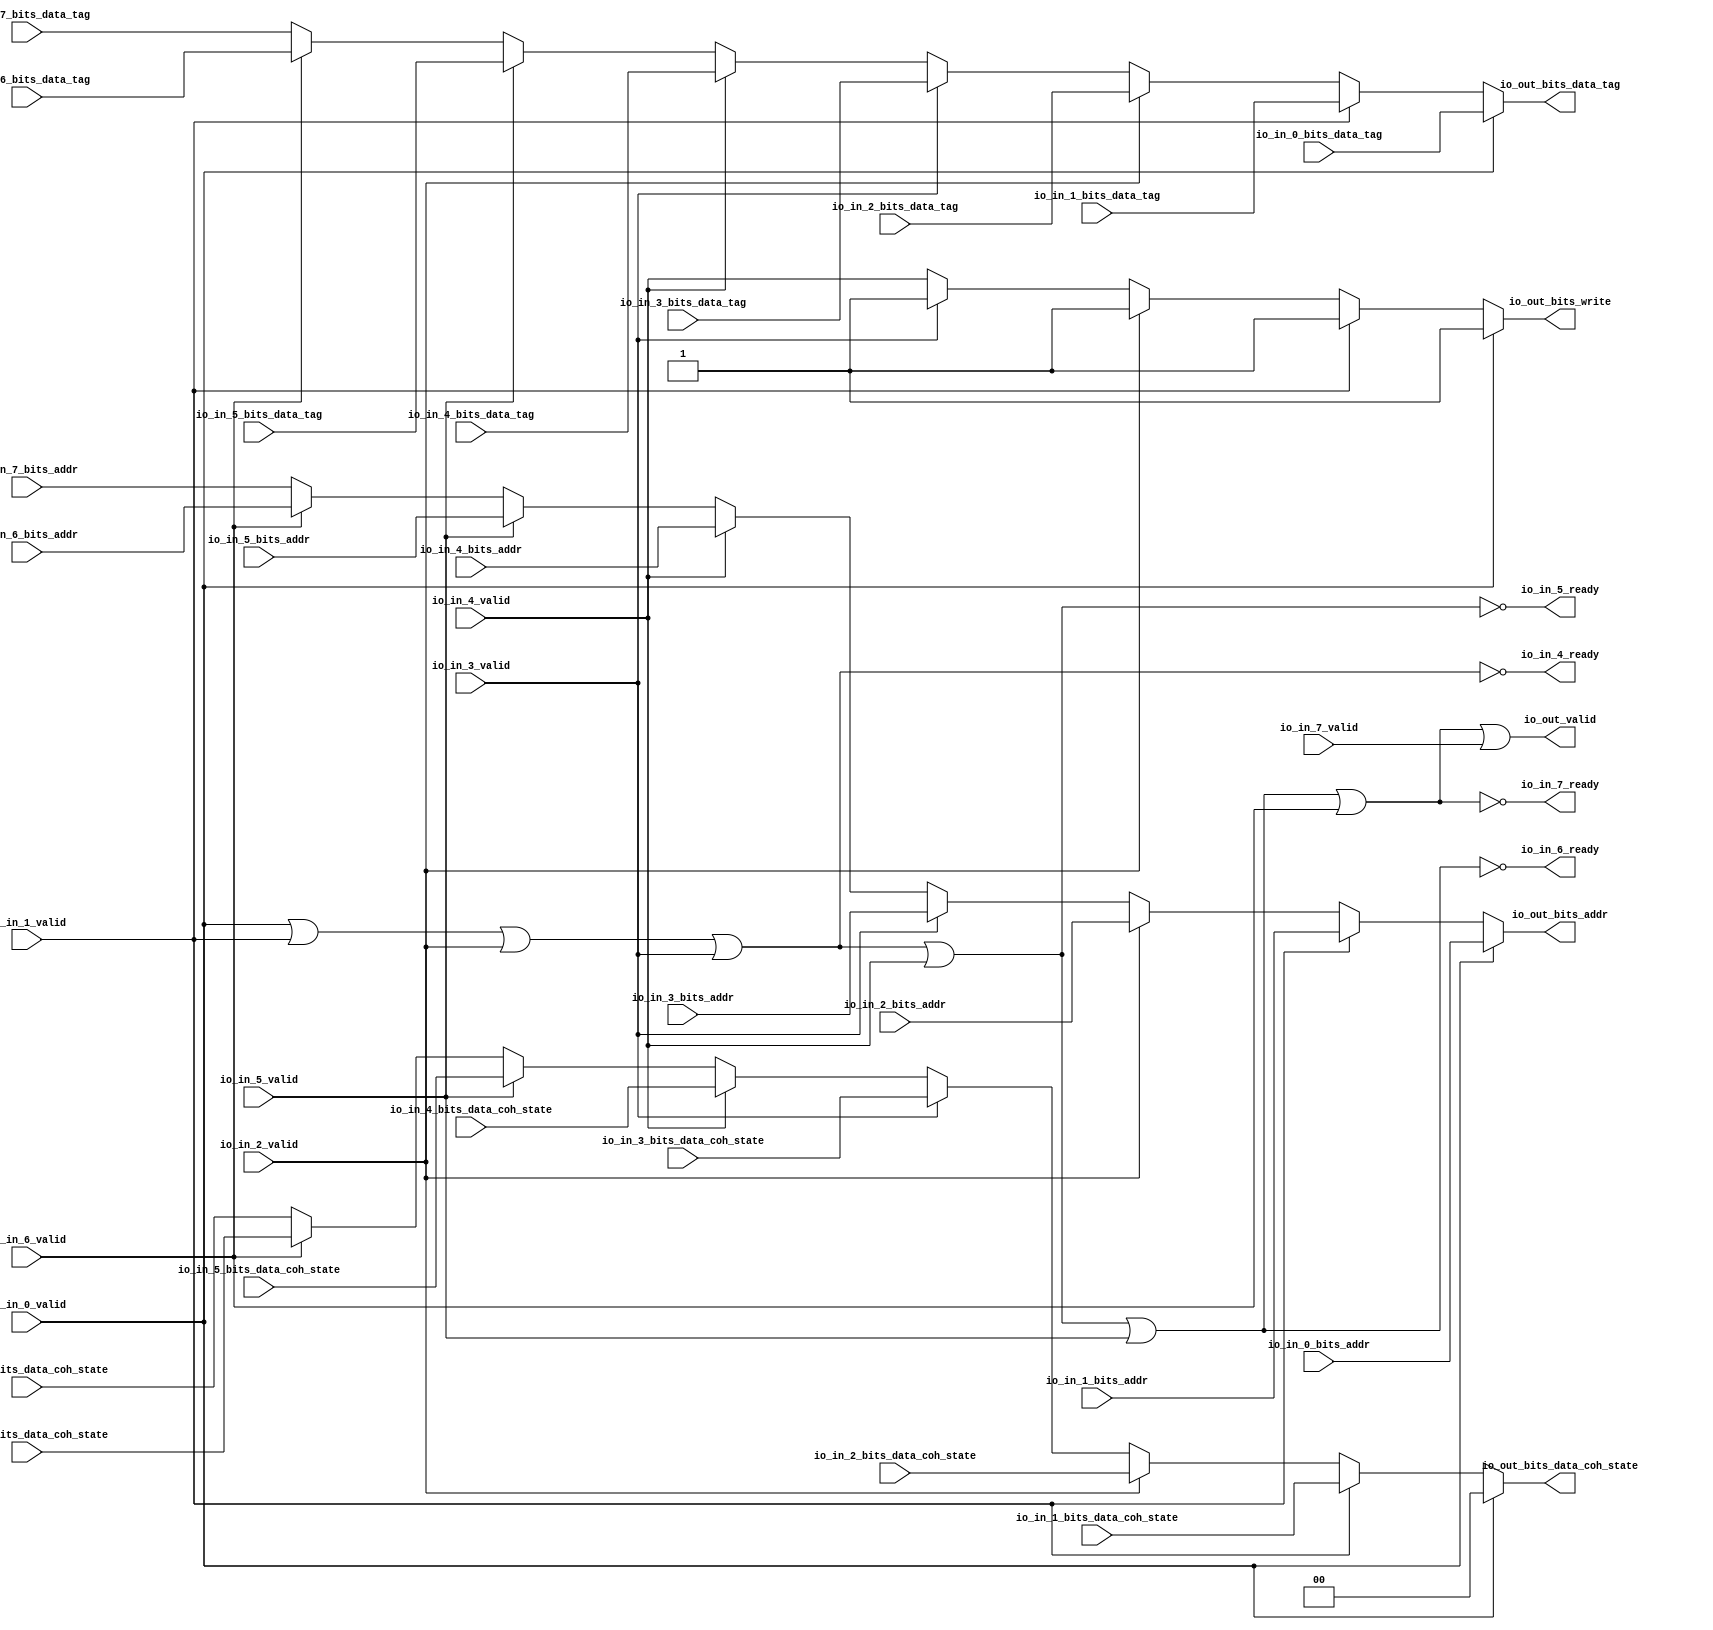
// Copyright (c) 2017, Microsemi Corporation
// All rights reserved.
//
// Redistribution and use in source and binary forms, with or without
// modification, are permitted provided that the following conditions are met:
//     * Redistributions of source code must retain the above copyright
//       notice, this list of conditions and the following disclaimer.
//     * Redistributions in binary form must reproduce the above copyright
//       notice, this list of conditions and the following disclaimer in the
//       documentation and/or other materials provided with the distribution.
//     * Neither the name of the <organization> nor the
//       names of its contributors may be used to endorse or promote products
//       derived from this software without specific prior written permission.
//
// THIS SOFTWARE IS PROVIDED BY THE COPYRIGHT HOLDERS AND CONTRIBUTORS "AS IS" AND
// ANY EXPRESS OR IMPLIED WARRANTIES, INCLUDING, BUT NOT LIMITED TO, THE IMPLIED
// WARRANTIES OF MERCHANTABILITY AND FITNESS FOR A PARTICULAR PURPOSE ARE
// DISCLAIMED. IN NO EVENT SHALL MICROSEMI CORPORATIONM BE LIABLE FOR ANY
// DIRECT, INDIRECT, INCIDENTAL, SPECIAL, EXEMPLARY, OR CONSEQUENTIAL DAMAGES
// (INCLUDING, BUT NOT LIMITED TO, PROCUREMENT OF SUBSTITUTE GOODS OR SERVICES;
// LOSS OF USE, DATA, OR PROFITS; OR BUSINESS INTERRUPTION) HOWEVER CAUSED AND
// ON ANY THEORY OF LIABILITY, WHETHER IN CONTRACT, STRICT LIABILITY, OR TORT
// (INCLUDING NEGLIGENCE OR OTHERWISE) ARISING IN ANY WAY OUT OF THE USE OF THIS
// SOFTWARE, EVEN IF ADVISED OF THE POSSIBILITY OF SUCH DAMAGE.
//
// APACHE LICENSE
// Copyright (c) 2017, Microsemi Corporation 
//
// Licensed under the Apache License, Version 2.0 (the "License");
// you may not use this file except in compliance with the License.
// You may obtain a copy of the License at
//
//    http://www.apache.org/licenses/LICENSE-2.0
//
// Unless required by applicable law or agreed to in writing, software
// distributed under the License is distributed on an "AS IS" BASIS,
// WITHOUT WARRANTIES OR CONDITIONS OF ANY KIND, either express or implied.
// See the License for the specific language governing permissions and
// limitations under the License.
//
// Description:
//
// SVN Revision Information:
// SVN $Revision: $
// SVN $Date: $
//
// Resolved SARs
// SAR      Date     Who   Description
//
// Notes:
//
// ****************************************************************************/
`ifndef RANDOMIZE_REG_INIT 
	 `define RANDOMIZE_REG_INIT 
 `endif
`ifndef RANDOMIZE_MEM_INIT 
	 `define RANDOMIZE_MEM_INIT 
 `endif
`ifndef RANDOMIZE 
	 `define RANDOMIZE 
`endif

`timescale 1ns/10ps
module MiV_AXI_MiV_AXI_0_MIV_RV32IMA_L1_AXI_ARBITER( // @[:freechips.rocketchip.system.MivRV32ImaL1AhbConfig.fir@100208.2]
  input         io_in_0_valid, // @[:freechips.rocketchip.system.MivRV32ImaL1AhbConfig.fir@100211.4]
  input  [31:0] io_in_0_bits_addr, // @[:freechips.rocketchip.system.MivRV32ImaL1AhbConfig.fir@100211.4]
  input  [18:0] io_in_0_bits_data_tag, // @[:freechips.rocketchip.system.MivRV32ImaL1AhbConfig.fir@100211.4]
  input         io_in_1_valid, // @[:freechips.rocketchip.system.MivRV32ImaL1AhbConfig.fir@100211.4]
  input  [31:0] io_in_1_bits_addr, // @[:freechips.rocketchip.system.MivRV32ImaL1AhbConfig.fir@100211.4]
  input  [1:0]  io_in_1_bits_data_coh_state, // @[:freechips.rocketchip.system.MivRV32ImaL1AhbConfig.fir@100211.4]
  input  [18:0] io_in_1_bits_data_tag, // @[:freechips.rocketchip.system.MivRV32ImaL1AhbConfig.fir@100211.4]
  input         io_in_2_valid, // @[:freechips.rocketchip.system.MivRV32ImaL1AhbConfig.fir@100211.4]
  input  [31:0] io_in_2_bits_addr, // @[:freechips.rocketchip.system.MivRV32ImaL1AhbConfig.fir@100211.4]
  input  [1:0]  io_in_2_bits_data_coh_state, // @[:freechips.rocketchip.system.MivRV32ImaL1AhbConfig.fir@100211.4]
  input  [18:0] io_in_2_bits_data_tag, // @[:freechips.rocketchip.system.MivRV32ImaL1AhbConfig.fir@100211.4]
  input         io_in_3_valid, // @[:freechips.rocketchip.system.MivRV32ImaL1AhbConfig.fir@100211.4]
  input  [31:0] io_in_3_bits_addr, // @[:freechips.rocketchip.system.MivRV32ImaL1AhbConfig.fir@100211.4]
  input  [1:0]  io_in_3_bits_data_coh_state, // @[:freechips.rocketchip.system.MivRV32ImaL1AhbConfig.fir@100211.4]
  input  [18:0] io_in_3_bits_data_tag, // @[:freechips.rocketchip.system.MivRV32ImaL1AhbConfig.fir@100211.4]
  output        io_in_4_ready, // @[:freechips.rocketchip.system.MivRV32ImaL1AhbConfig.fir@100211.4]
  input         io_in_4_valid, // @[:freechips.rocketchip.system.MivRV32ImaL1AhbConfig.fir@100211.4]
  input  [31:0] io_in_4_bits_addr, // @[:freechips.rocketchip.system.MivRV32ImaL1AhbConfig.fir@100211.4]
  input  [1:0]  io_in_4_bits_data_coh_state, // @[:freechips.rocketchip.system.MivRV32ImaL1AhbConfig.fir@100211.4]
  input  [18:0] io_in_4_bits_data_tag, // @[:freechips.rocketchip.system.MivRV32ImaL1AhbConfig.fir@100211.4]
  output        io_in_5_ready, // @[:freechips.rocketchip.system.MivRV32ImaL1AhbConfig.fir@100211.4]
  input         io_in_5_valid, // @[:freechips.rocketchip.system.MivRV32ImaL1AhbConfig.fir@100211.4]
  input  [31:0] io_in_5_bits_addr, // @[:freechips.rocketchip.system.MivRV32ImaL1AhbConfig.fir@100211.4]
  input  [1:0]  io_in_5_bits_data_coh_state, // @[:freechips.rocketchip.system.MivRV32ImaL1AhbConfig.fir@100211.4]
  input  [18:0] io_in_5_bits_data_tag, // @[:freechips.rocketchip.system.MivRV32ImaL1AhbConfig.fir@100211.4]
  output        io_in_6_ready, // @[:freechips.rocketchip.system.MivRV32ImaL1AhbConfig.fir@100211.4]
  input         io_in_6_valid, // @[:freechips.rocketchip.system.MivRV32ImaL1AhbConfig.fir@100211.4]
  input  [31:0] io_in_6_bits_addr, // @[:freechips.rocketchip.system.MivRV32ImaL1AhbConfig.fir@100211.4]
  input  [1:0]  io_in_6_bits_data_coh_state, // @[:freechips.rocketchip.system.MivRV32ImaL1AhbConfig.fir@100211.4]
  input  [18:0] io_in_6_bits_data_tag, // @[:freechips.rocketchip.system.MivRV32ImaL1AhbConfig.fir@100211.4]
  output        io_in_7_ready, // @[:freechips.rocketchip.system.MivRV32ImaL1AhbConfig.fir@100211.4]
  input         io_in_7_valid, // @[:freechips.rocketchip.system.MivRV32ImaL1AhbConfig.fir@100211.4]
  input  [31:0] io_in_7_bits_addr, // @[:freechips.rocketchip.system.MivRV32ImaL1AhbConfig.fir@100211.4]
  input  [1:0]  io_in_7_bits_data_coh_state, // @[:freechips.rocketchip.system.MivRV32ImaL1AhbConfig.fir@100211.4]
  input  [18:0] io_in_7_bits_data_tag, // @[:freechips.rocketchip.system.MivRV32ImaL1AhbConfig.fir@100211.4]
  output        io_out_valid, // @[:freechips.rocketchip.system.MivRV32ImaL1AhbConfig.fir@100211.4]
  output        io_out_bits_write, // @[:freechips.rocketchip.system.MivRV32ImaL1AhbConfig.fir@100211.4]
  output [31:0] io_out_bits_addr, // @[:freechips.rocketchip.system.MivRV32ImaL1AhbConfig.fir@100211.4]
  output [1:0]  io_out_bits_data_coh_state, // @[:freechips.rocketchip.system.MivRV32ImaL1AhbConfig.fir@100211.4]
  output [18:0] io_out_bits_data_tag // @[:freechips.rocketchip.system.MivRV32ImaL1AhbConfig.fir@100211.4]
);
  wire [18:0] _GEN_1; // @[Arbiter.scala 119:27:freechips.rocketchip.system.MivRV32ImaL1AhbConfig.fir@100219.4]
  wire [1:0] _GEN_2; // @[Arbiter.scala 119:27:freechips.rocketchip.system.MivRV32ImaL1AhbConfig.fir@100219.4]
  wire [31:0] _GEN_4; // @[Arbiter.scala 119:27:freechips.rocketchip.system.MivRV32ImaL1AhbConfig.fir@100219.4]
  wire [18:0] _GEN_7; // @[Arbiter.scala 119:27:freechips.rocketchip.system.MivRV32ImaL1AhbConfig.fir@100227.4]
  wire [1:0] _GEN_8; // @[Arbiter.scala 119:27:freechips.rocketchip.system.MivRV32ImaL1AhbConfig.fir@100227.4]
  wire [31:0] _GEN_10; // @[Arbiter.scala 119:27:freechips.rocketchip.system.MivRV32ImaL1AhbConfig.fir@100227.4]
  wire [18:0] _GEN_13; // @[Arbiter.scala 119:27:freechips.rocketchip.system.MivRV32ImaL1AhbConfig.fir@100235.4]
  wire [1:0] _GEN_14; // @[Arbiter.scala 119:27:freechips.rocketchip.system.MivRV32ImaL1AhbConfig.fir@100235.4]
  wire [31:0] _GEN_16; // @[Arbiter.scala 119:27:freechips.rocketchip.system.MivRV32ImaL1AhbConfig.fir@100235.4]
  wire [18:0] _GEN_19; // @[Arbiter.scala 119:27:freechips.rocketchip.system.MivRV32ImaL1AhbConfig.fir@100243.4]
  wire [1:0] _GEN_20; // @[Arbiter.scala 119:27:freechips.rocketchip.system.MivRV32ImaL1AhbConfig.fir@100243.4]
  wire [31:0] _GEN_22; // @[Arbiter.scala 119:27:freechips.rocketchip.system.MivRV32ImaL1AhbConfig.fir@100243.4]
  wire  _GEN_23; // @[Arbiter.scala 119:27:freechips.rocketchip.system.MivRV32ImaL1AhbConfig.fir@100243.4]
  wire [18:0] _GEN_25; // @[Arbiter.scala 119:27:freechips.rocketchip.system.MivRV32ImaL1AhbConfig.fir@100251.4]
  wire [1:0] _GEN_26; // @[Arbiter.scala 119:27:freechips.rocketchip.system.MivRV32ImaL1AhbConfig.fir@100251.4]
  wire [31:0] _GEN_28; // @[Arbiter.scala 119:27:freechips.rocketchip.system.MivRV32ImaL1AhbConfig.fir@100251.4]
  wire  _GEN_29; // @[Arbiter.scala 119:27:freechips.rocketchip.system.MivRV32ImaL1AhbConfig.fir@100251.4]
  wire [18:0] _GEN_31; // @[Arbiter.scala 119:27:freechips.rocketchip.system.MivRV32ImaL1AhbConfig.fir@100259.4]
  wire [1:0] _GEN_32; // @[Arbiter.scala 119:27:freechips.rocketchip.system.MivRV32ImaL1AhbConfig.fir@100259.4]
  wire [31:0] _GEN_34; // @[Arbiter.scala 119:27:freechips.rocketchip.system.MivRV32ImaL1AhbConfig.fir@100259.4]
  wire  _GEN_35; // @[Arbiter.scala 119:27:freechips.rocketchip.system.MivRV32ImaL1AhbConfig.fir@100259.4]
  wire [18:0] _GEN_37; // @[Arbiter.scala 119:27:freechips.rocketchip.system.MivRV32ImaL1AhbConfig.fir@100267.4]
  wire [1:0] _GEN_38; // @[Arbiter.scala 119:27:freechips.rocketchip.system.MivRV32ImaL1AhbConfig.fir@100267.4]
  wire [31:0] _GEN_40; // @[Arbiter.scala 119:27:freechips.rocketchip.system.MivRV32ImaL1AhbConfig.fir@100267.4]
  wire  _GEN_41; // @[Arbiter.scala 119:27:freechips.rocketchip.system.MivRV32ImaL1AhbConfig.fir@100267.4]
  wire  _T_112; // @[Arbiter.scala 29:68:freechips.rocketchip.system.MivRV32ImaL1AhbConfig.fir@100275.4]
  wire  _T_113; // @[Arbiter.scala 29:68:freechips.rocketchip.system.MivRV32ImaL1AhbConfig.fir@100276.4]
  wire  _T_114; // @[Arbiter.scala 29:68:freechips.rocketchip.system.MivRV32ImaL1AhbConfig.fir@100277.4]
  wire  _T_115; // @[Arbiter.scala 29:68:freechips.rocketchip.system.MivRV32ImaL1AhbConfig.fir@100278.4]
  wire  _T_116; // @[Arbiter.scala 29:68:freechips.rocketchip.system.MivRV32ImaL1AhbConfig.fir@100279.4]
  wire  _T_117; // @[Arbiter.scala 29:68:freechips.rocketchip.system.MivRV32ImaL1AhbConfig.fir@100280.4]
  wire  _T_125; // @[Arbiter.scala 29:78:freechips.rocketchip.system.MivRV32ImaL1AhbConfig.fir@100284.4]
  wire  _T_127; // @[Arbiter.scala 29:78:freechips.rocketchip.system.MivRV32ImaL1AhbConfig.fir@100285.4]
  wire  _T_129; // @[Arbiter.scala 29:78:freechips.rocketchip.system.MivRV32ImaL1AhbConfig.fir@100286.4]
  wire  _T_131; // @[Arbiter.scala 29:78:freechips.rocketchip.system.MivRV32ImaL1AhbConfig.fir@100287.4]
  wire  _T_141; // @[Arbiter.scala 128:19:freechips.rocketchip.system.MivRV32ImaL1AhbConfig.fir@100304.4]
  wire  _T_142; // @[Arbiter.scala 128:31:freechips.rocketchip.system.MivRV32ImaL1AhbConfig.fir@100305.4]
  assign _GEN_1 = io_in_6_valid ? io_in_6_bits_data_tag : io_in_7_bits_data_tag; // @[Arbiter.scala 119:27:freechips.rocketchip.system.MivRV32ImaL1AhbConfig.fir@100219.4]
  assign _GEN_2 = io_in_6_valid ? io_in_6_bits_data_coh_state : io_in_7_bits_data_coh_state; // @[Arbiter.scala 119:27:freechips.rocketchip.system.MivRV32ImaL1AhbConfig.fir@100219.4]
  assign _GEN_4 = io_in_6_valid ? io_in_6_bits_addr : io_in_7_bits_addr; // @[Arbiter.scala 119:27:freechips.rocketchip.system.MivRV32ImaL1AhbConfig.fir@100219.4]
  assign _GEN_7 = io_in_5_valid ? io_in_5_bits_data_tag : _GEN_1; // @[Arbiter.scala 119:27:freechips.rocketchip.system.MivRV32ImaL1AhbConfig.fir@100227.4]
  assign _GEN_8 = io_in_5_valid ? io_in_5_bits_data_coh_state : _GEN_2; // @[Arbiter.scala 119:27:freechips.rocketchip.system.MivRV32ImaL1AhbConfig.fir@100227.4]
  assign _GEN_10 = io_in_5_valid ? io_in_5_bits_addr : _GEN_4; // @[Arbiter.scala 119:27:freechips.rocketchip.system.MivRV32ImaL1AhbConfig.fir@100227.4]
  assign _GEN_13 = io_in_4_valid ? io_in_4_bits_data_tag : _GEN_7; // @[Arbiter.scala 119:27:freechips.rocketchip.system.MivRV32ImaL1AhbConfig.fir@100235.4]
  assign _GEN_14 = io_in_4_valid ? io_in_4_bits_data_coh_state : _GEN_8; // @[Arbiter.scala 119:27:freechips.rocketchip.system.MivRV32ImaL1AhbConfig.fir@100235.4]
  assign _GEN_16 = io_in_4_valid ? io_in_4_bits_addr : _GEN_10; // @[Arbiter.scala 119:27:freechips.rocketchip.system.MivRV32ImaL1AhbConfig.fir@100235.4]
  assign _GEN_19 = io_in_3_valid ? io_in_3_bits_data_tag : _GEN_13; // @[Arbiter.scala 119:27:freechips.rocketchip.system.MivRV32ImaL1AhbConfig.fir@100243.4]
  assign _GEN_20 = io_in_3_valid ? io_in_3_bits_data_coh_state : _GEN_14; // @[Arbiter.scala 119:27:freechips.rocketchip.system.MivRV32ImaL1AhbConfig.fir@100243.4]
  assign _GEN_22 = io_in_3_valid ? io_in_3_bits_addr : _GEN_16; // @[Arbiter.scala 119:27:freechips.rocketchip.system.MivRV32ImaL1AhbConfig.fir@100243.4]
  assign _GEN_23 = io_in_3_valid ? 1'h1 : io_in_4_valid; // @[Arbiter.scala 119:27:freechips.rocketchip.system.MivRV32ImaL1AhbConfig.fir@100243.4]
  assign _GEN_25 = io_in_2_valid ? io_in_2_bits_data_tag : _GEN_19; // @[Arbiter.scala 119:27:freechips.rocketchip.system.MivRV32ImaL1AhbConfig.fir@100251.4]
  assign _GEN_26 = io_in_2_valid ? io_in_2_bits_data_coh_state : _GEN_20; // @[Arbiter.scala 119:27:freechips.rocketchip.system.MivRV32ImaL1AhbConfig.fir@100251.4]
  assign _GEN_28 = io_in_2_valid ? io_in_2_bits_addr : _GEN_22; // @[Arbiter.scala 119:27:freechips.rocketchip.system.MivRV32ImaL1AhbConfig.fir@100251.4]
  assign _GEN_29 = io_in_2_valid ? 1'h1 : _GEN_23; // @[Arbiter.scala 119:27:freechips.rocketchip.system.MivRV32ImaL1AhbConfig.fir@100251.4]
  assign _GEN_31 = io_in_1_valid ? io_in_1_bits_data_tag : _GEN_25; // @[Arbiter.scala 119:27:freechips.rocketchip.system.MivRV32ImaL1AhbConfig.fir@100259.4]
  assign _GEN_32 = io_in_1_valid ? io_in_1_bits_data_coh_state : _GEN_26; // @[Arbiter.scala 119:27:freechips.rocketchip.system.MivRV32ImaL1AhbConfig.fir@100259.4]
  assign _GEN_34 = io_in_1_valid ? io_in_1_bits_addr : _GEN_28; // @[Arbiter.scala 119:27:freechips.rocketchip.system.MivRV32ImaL1AhbConfig.fir@100259.4]
  assign _GEN_35 = io_in_1_valid ? 1'h1 : _GEN_29; // @[Arbiter.scala 119:27:freechips.rocketchip.system.MivRV32ImaL1AhbConfig.fir@100259.4]
  assign _GEN_37 = io_in_0_valid ? io_in_0_bits_data_tag : _GEN_31; // @[Arbiter.scala 119:27:freechips.rocketchip.system.MivRV32ImaL1AhbConfig.fir@100267.4]
  assign _GEN_38 = io_in_0_valid ? 2'h0 : _GEN_32; // @[Arbiter.scala 119:27:freechips.rocketchip.system.MivRV32ImaL1AhbConfig.fir@100267.4]
  assign _GEN_40 = io_in_0_valid ? io_in_0_bits_addr : _GEN_34; // @[Arbiter.scala 119:27:freechips.rocketchip.system.MivRV32ImaL1AhbConfig.fir@100267.4]
  assign _GEN_41 = io_in_0_valid ? 1'h1 : _GEN_35; // @[Arbiter.scala 119:27:freechips.rocketchip.system.MivRV32ImaL1AhbConfig.fir@100267.4]
  assign _T_112 = io_in_0_valid | io_in_1_valid; // @[Arbiter.scala 29:68:freechips.rocketchip.system.MivRV32ImaL1AhbConfig.fir@100275.4]
  assign _T_113 = _T_112 | io_in_2_valid; // @[Arbiter.scala 29:68:freechips.rocketchip.system.MivRV32ImaL1AhbConfig.fir@100276.4]
  assign _T_114 = _T_113 | io_in_3_valid; // @[Arbiter.scala 29:68:freechips.rocketchip.system.MivRV32ImaL1AhbConfig.fir@100277.4]
  assign _T_115 = _T_114 | io_in_4_valid; // @[Arbiter.scala 29:68:freechips.rocketchip.system.MivRV32ImaL1AhbConfig.fir@100278.4]
  assign _T_116 = _T_115 | io_in_5_valid; // @[Arbiter.scala 29:68:freechips.rocketchip.system.MivRV32ImaL1AhbConfig.fir@100279.4]
  assign _T_117 = _T_116 | io_in_6_valid; // @[Arbiter.scala 29:68:freechips.rocketchip.system.MivRV32ImaL1AhbConfig.fir@100280.4]
  assign _T_125 = _T_114 == 1'h0; // @[Arbiter.scala 29:78:freechips.rocketchip.system.MivRV32ImaL1AhbConfig.fir@100284.4]
  assign _T_127 = _T_115 == 1'h0; // @[Arbiter.scala 29:78:freechips.rocketchip.system.MivRV32ImaL1AhbConfig.fir@100285.4]
  assign _T_129 = _T_116 == 1'h0; // @[Arbiter.scala 29:78:freechips.rocketchip.system.MivRV32ImaL1AhbConfig.fir@100286.4]
  assign _T_131 = _T_117 == 1'h0; // @[Arbiter.scala 29:78:freechips.rocketchip.system.MivRV32ImaL1AhbConfig.fir@100287.4]
  assign _T_141 = _T_131 == 1'h0; // @[Arbiter.scala 128:19:freechips.rocketchip.system.MivRV32ImaL1AhbConfig.fir@100304.4]
  assign _T_142 = _T_141 | io_in_7_valid; // @[Arbiter.scala 128:31:freechips.rocketchip.system.MivRV32ImaL1AhbConfig.fir@100305.4]
  assign io_in_4_ready = _T_125;
  assign io_in_5_ready = _T_127;
  assign io_in_6_ready = _T_129;
  assign io_in_7_ready = _T_131;
  assign io_out_valid = _T_142;
  assign io_out_bits_write = _GEN_41;
  assign io_out_bits_addr = _GEN_40;
  assign io_out_bits_data_coh_state = _GEN_38;
  assign io_out_bits_data_tag = _GEN_37;
endmodule